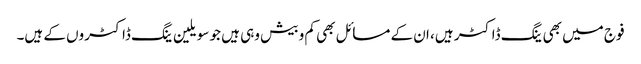
فوج میں بھی ینگ ڈاکٹر ہیں، ان کے مسائل بھی کم و بیش وہی ہیں جو سویلین ینگ ڈاکٹروں کے ہیں۔